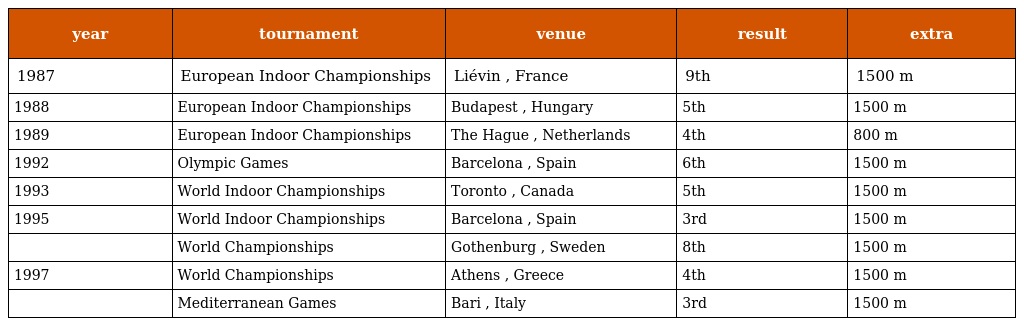
| year | tournament | venue | result | extra |
 | --- | --- | --- | --- | --- |
 | 1987 | European Indoor Championships | Liévin , France | 9th | 1500 m |
 | 1988 | European Indoor Championships | Budapest , Hungary | 5th | 1500 m |
 | 1989 | European Indoor Championships | The Hague , Netherlands | 4th | 800 m |
 | 1992 | Olympic Games | Barcelona , Spain | 6th | 1500 m |
 | 1993 | World Indoor Championships | Toronto , Canada | 5th | 1500 m |
 | 1995 | World Indoor Championships | Barcelona , Spain | 3rd | 1500 m |
 |  | World Championships | Gothenburg , Sweden | 8th | 1500 m |
 | 1997 | World Championships | Athens , Greece | 4th | 1500 m |
 |  | Mediterranean Games | Bari , Italy | 3rd | 1500 m |